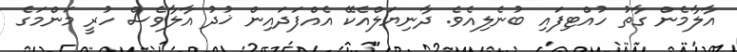
އާލާމެން ގާތު ހުއްޓިފައި ބުނެލިއެވެ. ދާނިޔަލްއެކޭ އެއްފަދައިން ޚުދު އާލާވެސް ހުރީ މަންމަގެ